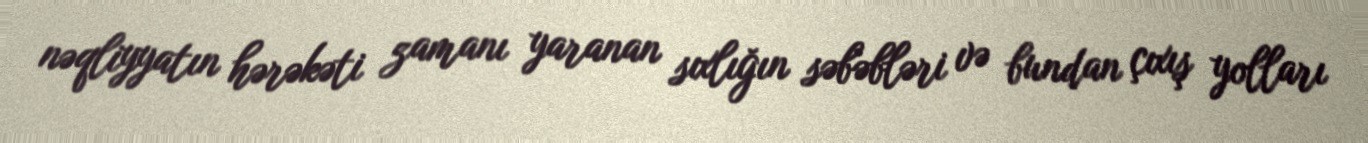
nəqliyyatın hərəkəti zamanı yaranan sıxlığın səbəbləri və bundan çıxış yolları